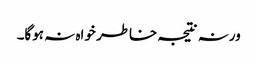
ورنہ نتیجہ خاطر خواہ نہ ہوگا۔